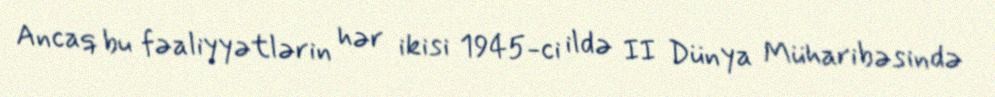
Ancaq bu fəaliyyətlərin hər ikisi 1945-ci ildə II Dünya Müharibəsində